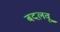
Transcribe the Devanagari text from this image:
बदलवू